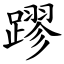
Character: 蹘